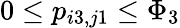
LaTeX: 0\le p_{i3,j1}\le\Phi_{3}